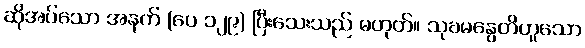
ဆိုအပ်သော အနက် (ပေ ၁၂၉) ပြီးသေးသည် မဟုတ်။ သုခမနွေတိဟူသော